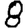
Digit: 8